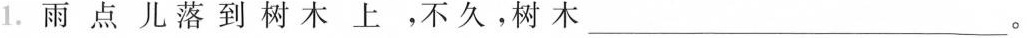
1. 雨点儿落到树木上，不久，树木 ___。